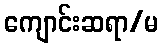
ကျောင်းဆရာ/မ